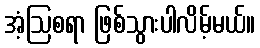
အံ့ဩစရာ ဖြစ်သွားပါလိမ့်မယ်။